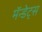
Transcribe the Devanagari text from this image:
मॅन्डेट्स